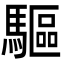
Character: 驅